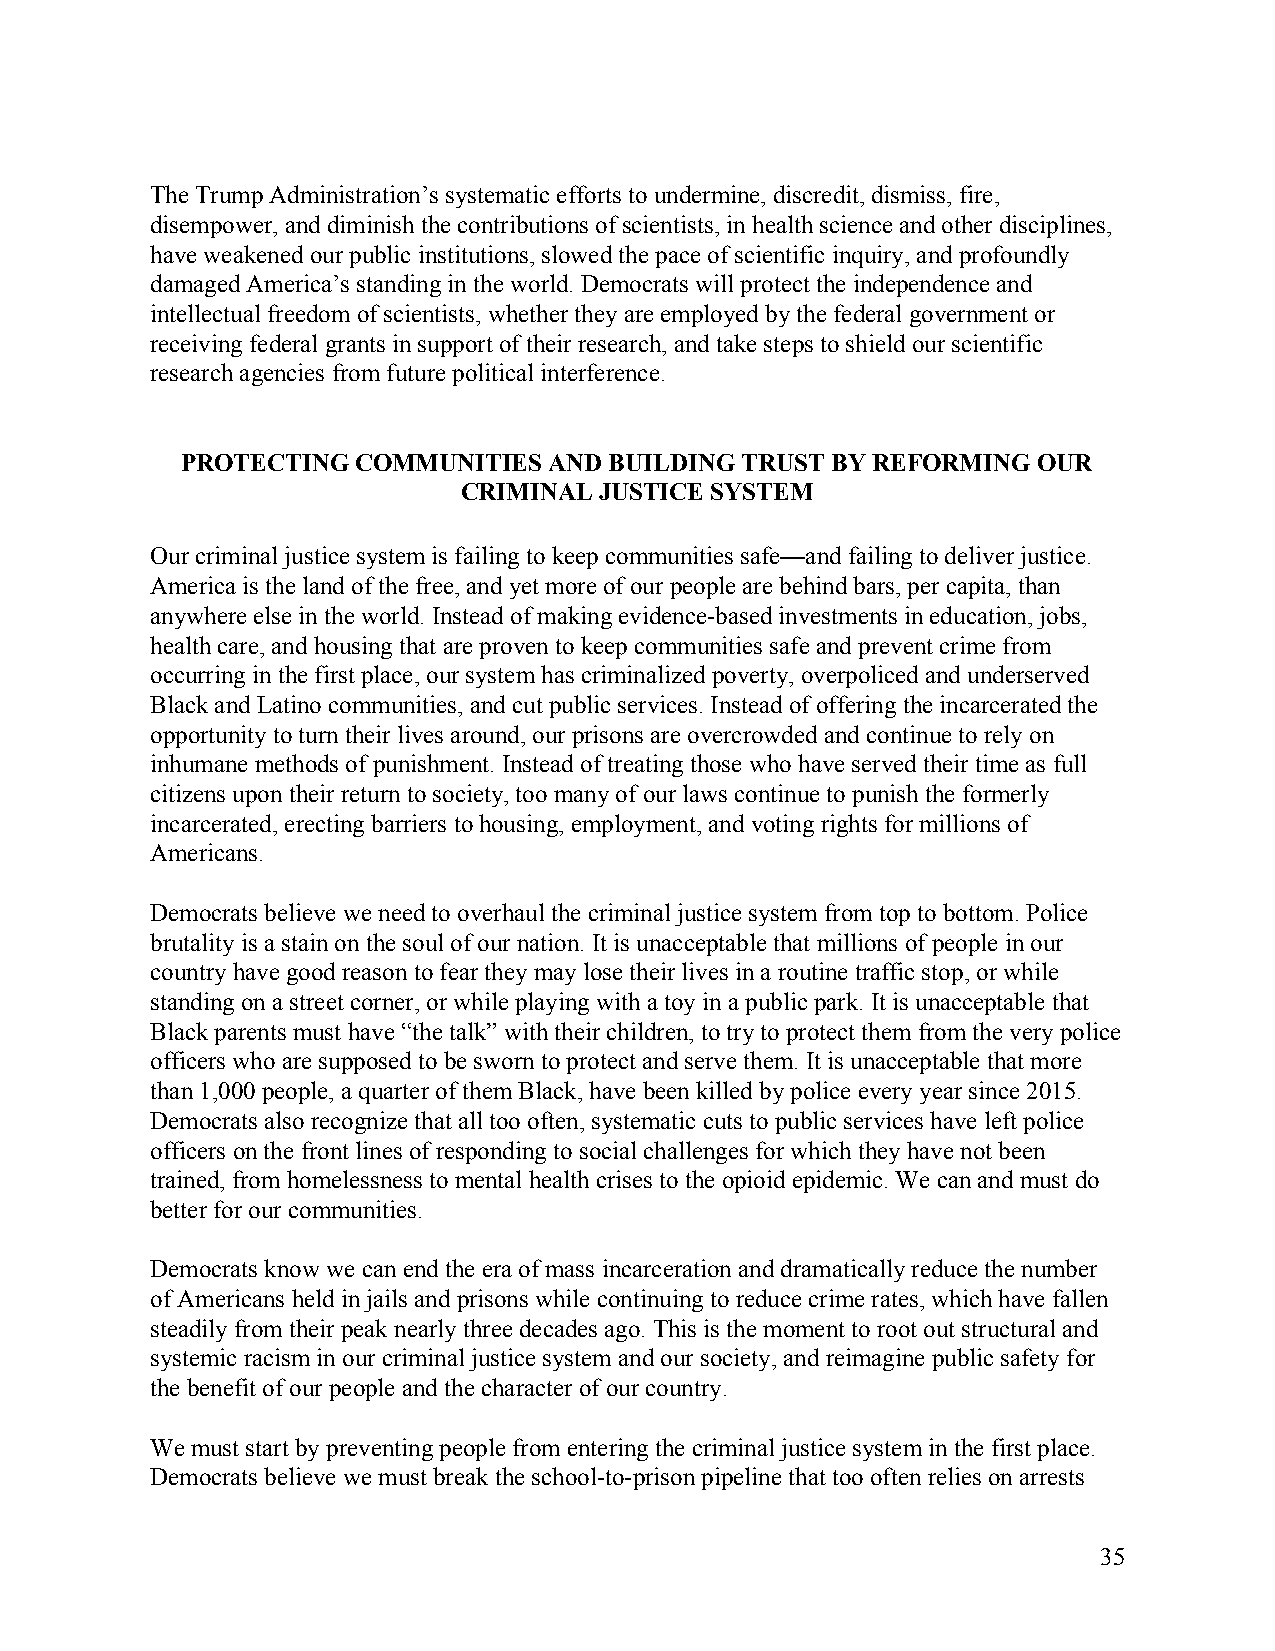
The Trump Administration’s systematic efforts to undermine, discredit, dismiss, fire,
 disempower, and diminish the contributions of scientists, in health science and other disciplines,
 have weakened our public institutions, slowed the pace of scientific inquiry, and profoundly
 damaged America’s standing in the world. Democrats will protect the independence and
 intellectual freedom of scientists, whether they are employed by the federal government or
 receiving federal grants in support of their research, and take steps to shield our scientific
 research agencies from future political interference.
 PROTECTING  COMMUNITIES AND BUILDING TRUST BY REFORMING  OUR
 CRIMINAL JUSTICE SYSTEM
 Our criminal justice system is failing to keep communities safe—and failing to deliver justice.
 America is the land of the free, and yet more of our people are behind bars, per capita, than
 anywhere else in the world. Instead of making evidence-based investments in education, jobs,
 health care, and housing that are proven to keep communities safe and prevent crime from
 occurring in the first place, our system has criminalized poverty, overpoliced and underserved
 Black and Latino communities, and cut public services. Instead of offering the incarcerated the
 opportunity to turn their lives around, our prisons are overcrowded and continue to rely on
 inhumane methods of punishment. Instead of treating those who have served their time as full
 citizens upon their return to society, too many of our laws continue to punish the formerly
 incarcerated, erecting barriers to housing, employment, and voting rights for millions of
 Americans.
 Democrats believe we need to overhaul the criminal justice system from top to bottom. Police
 brutality is a stain on the soul of our nation. It is unacceptable that millions of people in our
 country have good reason to fear they may lose their lives in a routine traffic stop, or while
 standing on a street corner, or while playing with a toy in a public park. It is unacceptable that
 Black parents must have “the talk” with their children, to try to protect them from the very police
 officers who are supposed to be sworn to protect and serve them. It is unacceptable that more
 than 1,000 people, a quarter of them Black, have been killed by police every year since 2015.
 Democrats also recognize that all too often, systematic cuts to public services have left police
 officers on the front lines of responding to social challenges for which they have not been
 trained, from homelessness to mental health crises to the opioid epidemic. We can and must do
 better for our communities.
 Democrats know we can end the era of mass incarceration and dramatically reduce the number
 of Americans held in jails and prisons while continuing to reduce crime rates, which have fallen
 steadily from their peak nearly three decades ago. This is the moment to root out structural and
 systemic racism in our criminal justice system and our society, and reimagine public safety for
 the benefit of our people and the character of our country.
 We must start by preventing people from entering the criminal justice system in the first place.
 Democrats believe we must break the school-to-prison pipeline that too often relies on arrests
 35